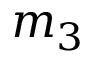
m _ { 3 }